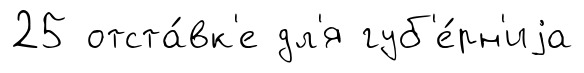
25 отста́вк'е дл'я губ'е́рн'иjа